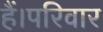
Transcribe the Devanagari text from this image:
हैं।परिवार